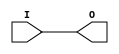
module IBUF_HSTL_III_DCI_18 (O, I);

    output O;

    input  I;

	buf B1 (O, I);


endmodule